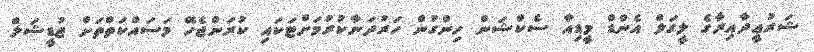
ޝަރުޢީދާއިރާގެ ލީގަލް އެންޑް މީޑިއާ ސެކްޝަން ހިންގުން ހަރުދަނާކުރުމަށްޓަކައި ކުރަންޖެހޭ މަސައްކަތްތަށް ޖުޑީޝަލް